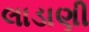
લાડાણી